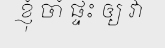
ខ្ញុំ ចាំ ផ្ទះ ឲ្យ វា